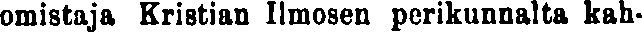
omistaja Kristian Ilmosen perikunnalta kah-